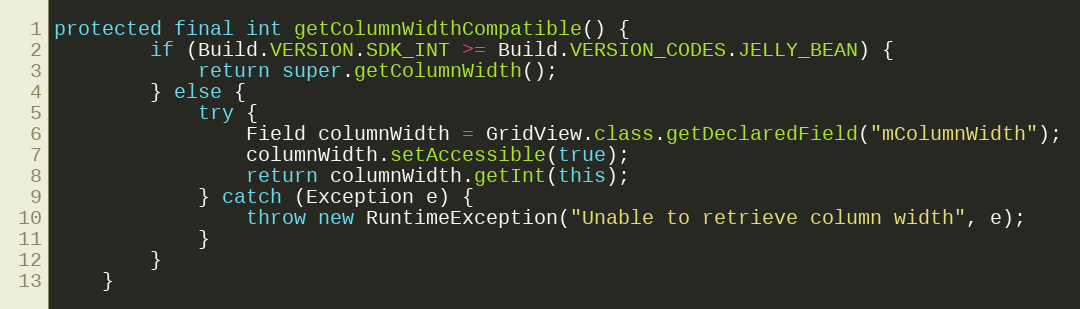
Language: Java
protected final int getColumnWidthCompatible() {
        if (Build.VERSION.SDK_INT >= Build.VERSION_CODES.JELLY_BEAN) {
            return super.getColumnWidth();
        } else {
            try {
                Field columnWidth = GridView.class.getDeclaredField("mColumnWidth");
                columnWidth.setAccessible(true);
                return columnWidth.getInt(this);
            } catch (Exception e) {
                throw new RuntimeException("Unable to retrieve column width", e);
            }
        }
    }